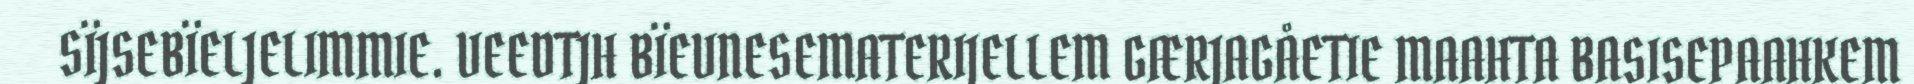
SÏJSEBÏELJELIMMIE. VEEDTJH BÏEVNESEMATERIJELLEM GÆRJAGÅETIE MAAHTA BASISEPAAHKEM